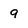
Character: 9